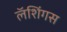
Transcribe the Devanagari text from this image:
लॅशिंगस